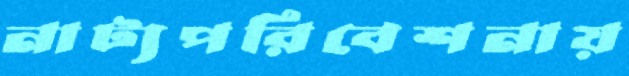
নাট্যপরিবেশনায়